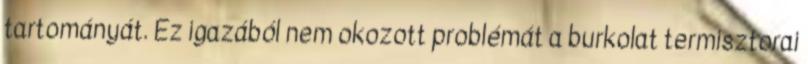
tartományát. Ez igazából nem okozott problémát a burkolat termisztorai